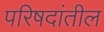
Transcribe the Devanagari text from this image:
परिषदांतील